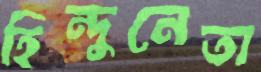
হিন্দুনেতা